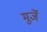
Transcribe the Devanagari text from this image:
मुर्जे